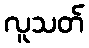
လူသတ်